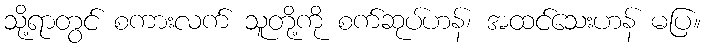
သို့ရာတွင် စကားလက် သူတို့ကို စက်ဆုပ်ဟန်၊ အထင်သေးဟန် မပြ။